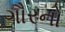
ગૌરનો